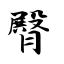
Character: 臀